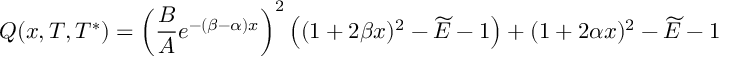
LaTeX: { Q ( x , T , T ^ { * } ) = { \left( { \frac { B } { A } } e ^ { - ( \beta - \alpha ) x } \right) } ^ { 2 } \left( ( 1 + 2 \beta x ) ^ { 2 } - \widetilde { E } - 1 \right) + ( 1 + 2 \alpha x ) ^ { 2 } - \widetilde { E } - 1 }